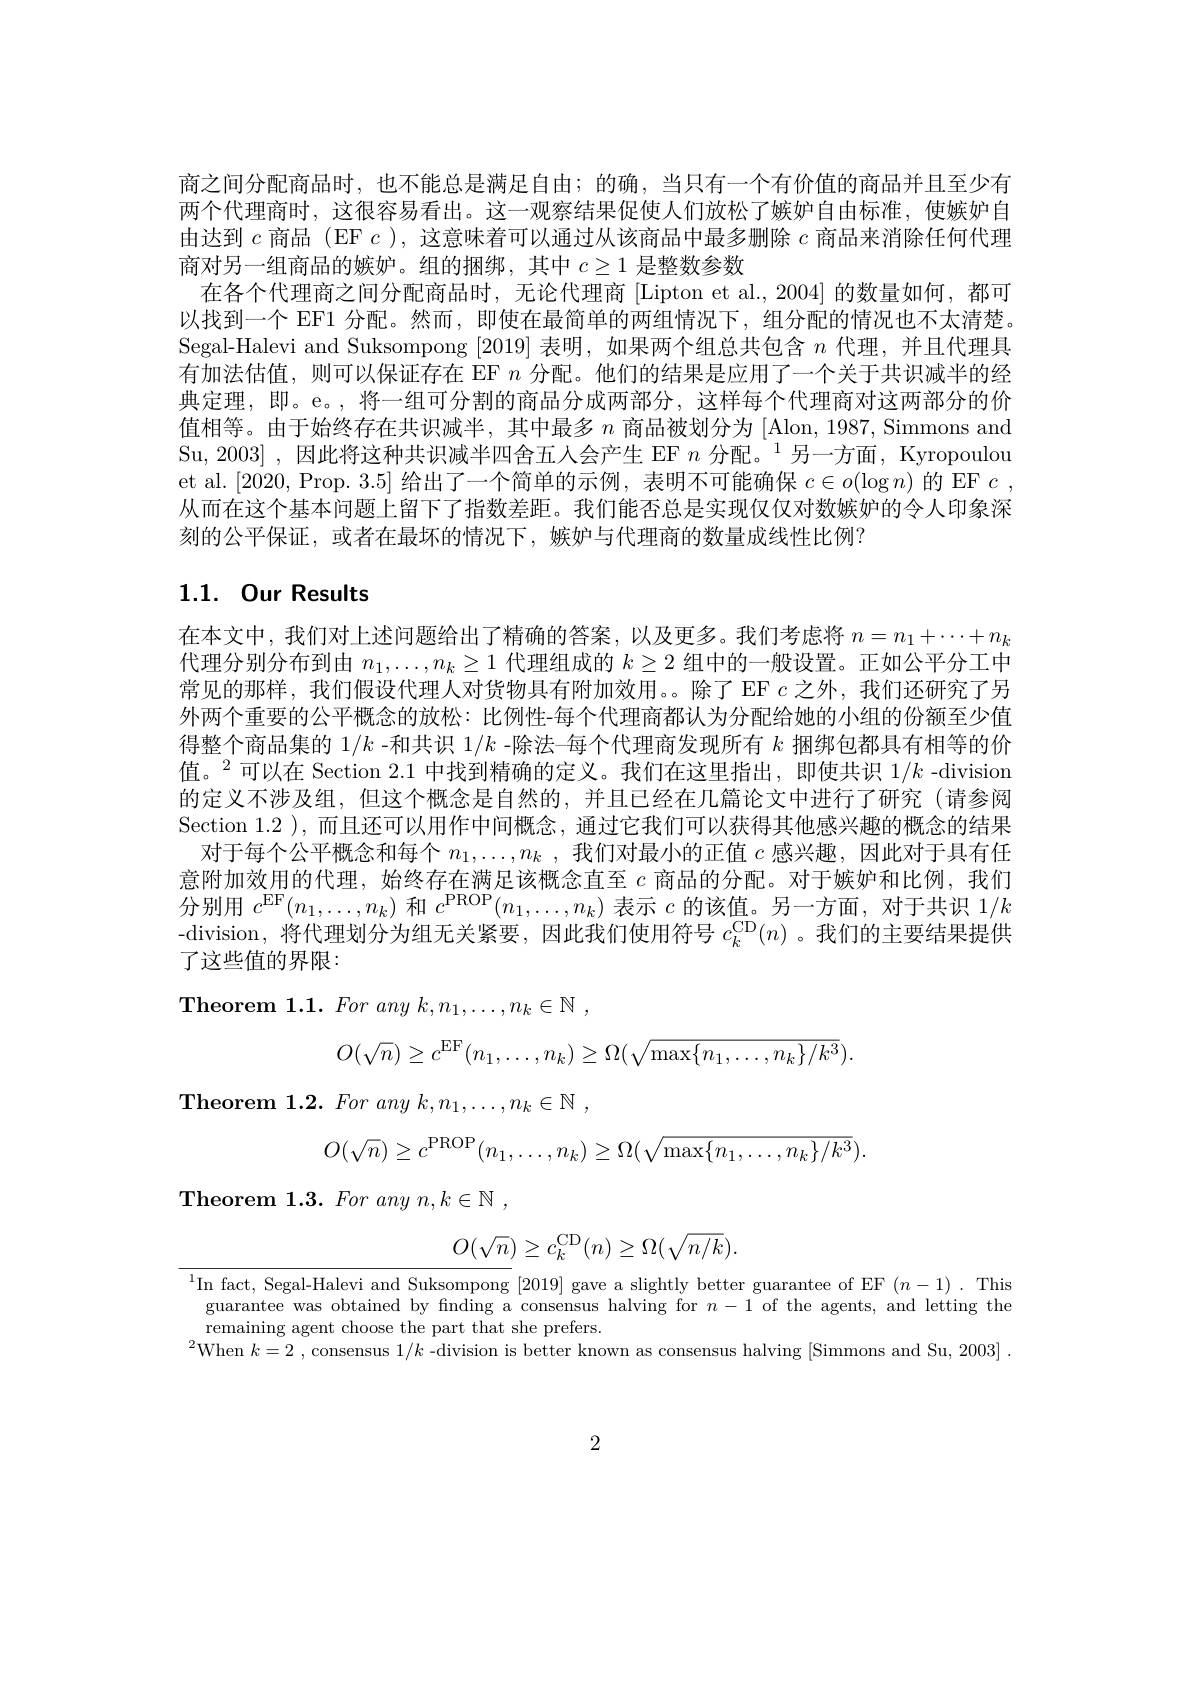
商之间分配商品时，也不能总是满足自由；的确，当只有一个有价值的商品并且至少有两个代理商时，这很容易看出。这一观察结果促使人们放松了嫉妒自由标准，使嫉妒自由达到$c$商品$(\operatorname{EF}c)$,这意味着可以通过从该商品中最多删除$c$商品来消除任何代理商对另一组商品的嫉妒。组的捆绑，其中$c\geq1$是整数参数
在各个代理商之间分配商品时，无论代理商 [Lipton et al., 2004] 的数量如何，都可以找到一个 EF1 分配。然而，即使在最简单的两组情况下，组分配的情况也不太清楚。Segal-Halevi and Suksompong [2019] 表明，如果两个组总共包含$n$代理，并且代理具有加法估值，则可以保证存在 EF $n$分配。他们的结果是应用了一个关于共识减半的经典定理，即。e。,将一组可分割的商品分成两部分，这样每个代理商对这两部分的价值相等。由于始终存在共识减半，其中最多$n$商品被划分为 [Alon, 1987, Simmons and Su, 2003] , 因此将这种共识减半四舍五人会产生 EF $n\text{ 分配。}^{1}$另一方面，Kyropoulou et al. [2020, Prop. 3.5]给出了一个简单的示例，表明不可能确保$c\in o(\log n)$的 EF $c$, 从而在这个基本问题上留下了指数差距。我们能否总是实现仅仅对数嫉妒的令人印象深刻的公平保证，或者在最坏的情况下，嫉妒与代理商的数量成线性比例？

## $1. 1. \textbf{ Our Results}$

在本文中，我们对上述问题给出了精确的答案，以及更多。我们考虑将$n=n_1+\cdots+n_k$ 代理分别分布到由$n_1,\ldots,n_k\geq1$代理组成的$k\geq2$组中的一般设置。正如公平分工中常见的那样，我们假设代理人对货物具有附加效用。。除了 EF $c$之外，我们还研究了另外两个重要的公平概念的放松：比例性-每个代理商都认为分配给她的小组的份额至少值得整个商品集的 1/k -和共识$1/k$ -除法一每个代理商发现所有$k$捆绑包都具有相等的价值。$^2$可以在 Section 2.1 中找到精确的定义。我们在这里指出，即使共识 $1/k$ -division 的定义不涉及组，但这个概念是自然的，并且已经在几篇论文中进行了研究(请参阅Section 1.2 ),而且还可以用作中间概念，通过它我们可以获得其他感兴趣的概念的结果
对于每个公平概念和每个$n_1,\ldots,n_k$ ,我们对最小的正值$c$感兴趣，因此对于具有任意附加效用的代理，始终存在满足该概念直至$c$商品的分配。对于嫉妒和比例，我们分别用$c^\mathrm{EF}(n_1,\ldots,n_k)$和$c^\mathrm{PROP}(n_1,\ldots,n_k)$表示$c$的该值。另一方面，对于共识$1/k$ -division,将代理划分为组无关紧要，因此我们使用符号$c_k^\mathrm{CD}(n)$ 。我们的主要结果提供了这些值的界限：
Theorem 1.1. For any $k, n_1, \ldots , n_k\in \mathbb{N}$ ,
$$O(\sqrt{n})\ge c^{\mathrm{EF}}(n_1,\dots,n_k)\ge\Omega(\sqrt{\mathrm{max}\{n_1,\dots,n_k\}/k^3}).$$
Theorem 1.2. For any $k, n_1, \ldots , n_k\in \mathbb{N}$ ,
$$O(\sqrt{n})\geq c^{\mathrm{PROP}}(n_{1},\ldots,n_{k})\geq\Omega(\sqrt{\max\{n_{1},\ldots,n_{k}\}/k^{3}}).$$
${\mathrm{Theorem~1. 3. ~}For any n, k\in \mathbb{N} }$ ,
$$O(\sqrt{n})\geq c_{k}^{\mathrm{CD}}(n)\geq\Omega(\sqrt{n/k}).$$
$^{1}$In fact, Segal-Halevi and Suksompong [2019] gave a slightly better guarantee of EF $(n-1).$ This
guarantee was obtained by finding a consensus halving for $n-1$ of the agents, and letting the
remaining agent choose the part that she prefers.
$^{2}$When $k= 2$ ,consensus $1/k$ -division is better known as consensus halving [Simmons and Su, 2003] .

2